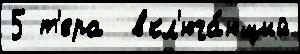
5 т'ера  вкл'юча́ющий